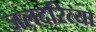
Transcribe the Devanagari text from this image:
जलदरित्या